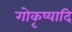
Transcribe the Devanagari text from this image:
गोकृष्यादि